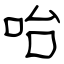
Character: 咍